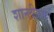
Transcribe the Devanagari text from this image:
शान्लीऊर्फ़ा